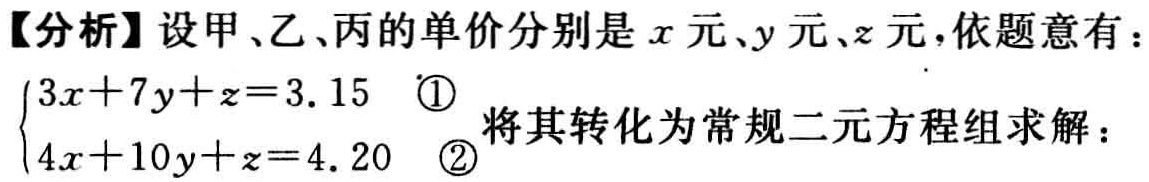
【分析】设甲、乙、丙的单价分别是\(x\)元、\(y\)元、\(z\)元，依题意有：

\(\begin{cases}3x + 7y + z = 3.15 & \textcircled{1}\\4x + 10y + z = 4.20 & \textcircled{2}\end{cases}\)将其转化为常规二元方程组求解：